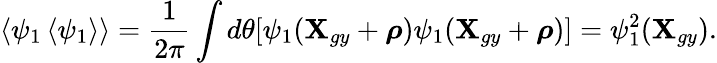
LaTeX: \left\langle\psi_{1}\left\langle\psi_{1}\right\rangle\right\rangle=\frac{1}{2\pi}\int d\theta[\psi_{1}(\textbf{X}_{gy}+\boldsymbol{\rho})\psi_{1}(\textbf{X}_{gy}+\boldsymbol{\rho})]=\psi_{1}^{2}(\textbf{X}_{gy}).